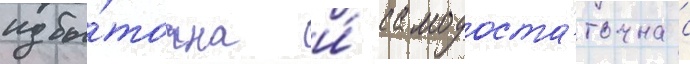
избы́точна и́ самодоста́точна с